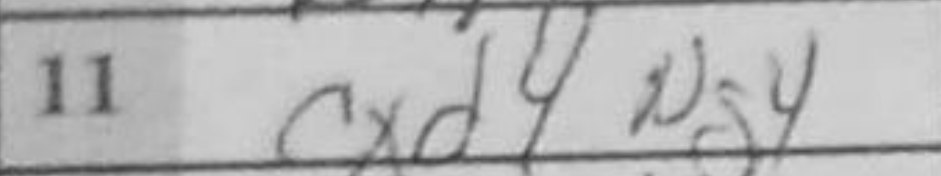
Transcription: cxd4